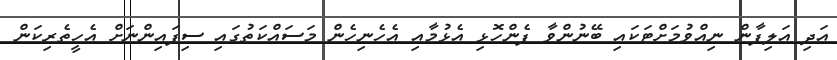
އަދި އަލިފާން ނިއްވުމަށްޓަކައި ބޭނުންވާ ފެންހޮޅި އެޅުމާއި އެހެނިހެން މަސައްކަތުގައި ސިފައިންނަށް އެހީތެރިކަން